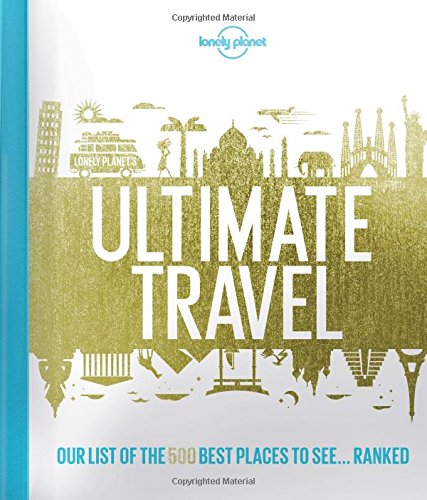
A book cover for Lonely Planet's Ultimate Travel: Our List of the 500 Best Places to See... Ranked; Lonely Planet; Sports & Outdoors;